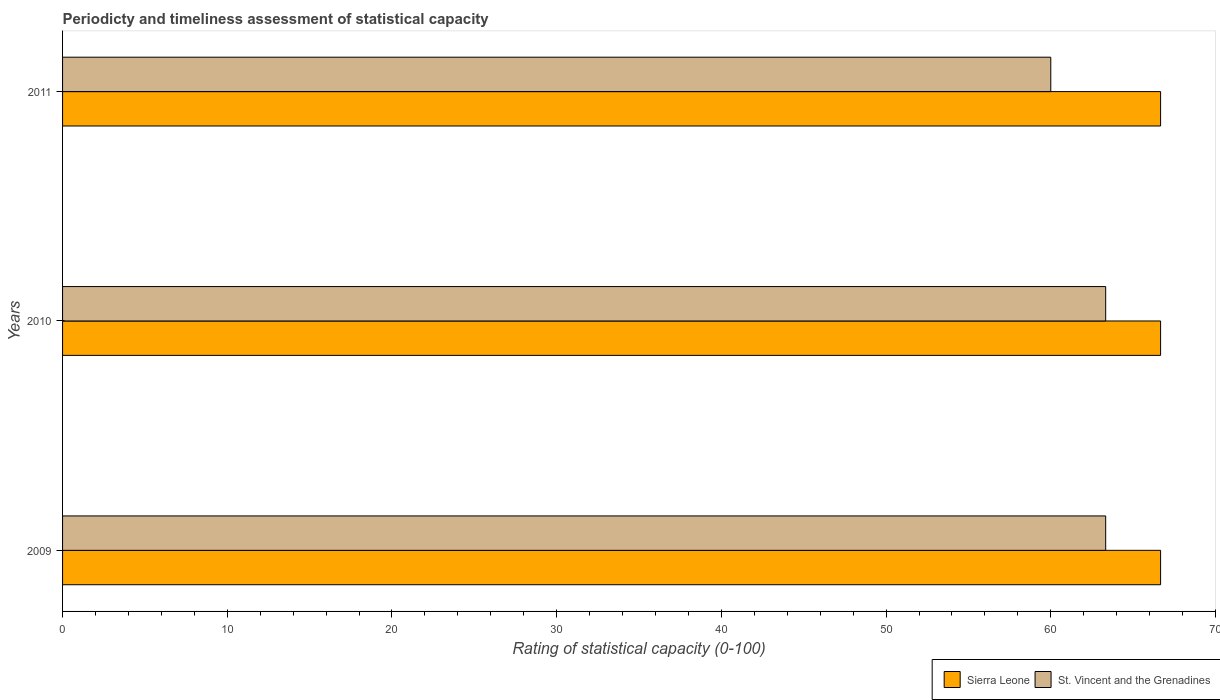
| Years | Sierra Leone | St. Vincent and the Grenadines |
 | --- | --- | --- |
 | 2009 | 66.7 | 63.3 |
 | 2010 | 66.7 | 63.3 |
 | 2011 | 66.7 | 60 |